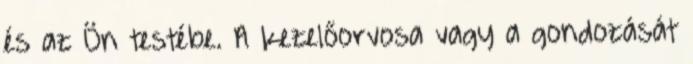
és az Ön testébe. A kezelőorvosa vagy a gondozását